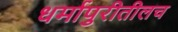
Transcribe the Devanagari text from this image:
धर्मापुरीतीलच